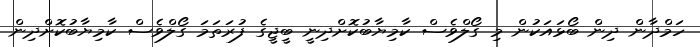
ހަމްދާން ދިން ބޯޅައަކުން މި ގޯލްވެސް ކާމިޔާބުކޮށްދިނީ ބީޖީގެ ފުރަތަމަ ގޯލްވެސް ކާމިޔާބުކޮށްދިން